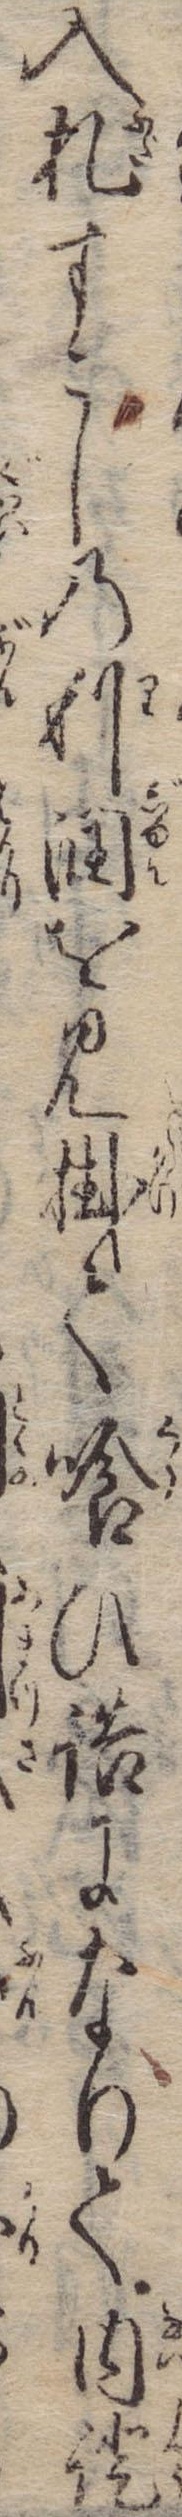
入札すこしの利潤を見掛て喰ひ詰になりて内証